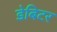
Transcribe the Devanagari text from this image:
डेबिटर